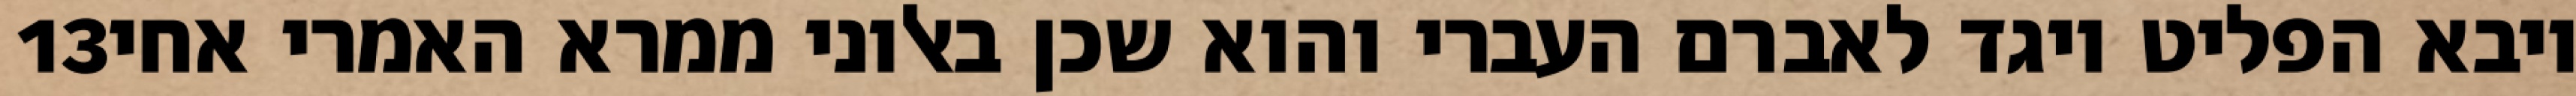
‎13‏ ויבא הפליט ויגד לאברם העברי והוא שכן באלוני ממרא האמרי אחי